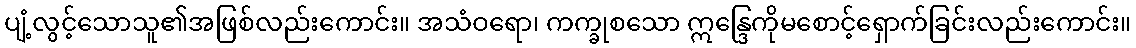
ပျံ့လွင့်သောသူ၏အဖြစ်လည်းကောင်း။ အသံဝရော၊ ကက္ခုစသော ဣန္ဒြေကိုမစောင့်ရှောက်ခြင်းလည်းကောင်း။